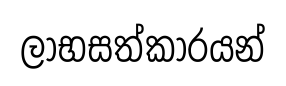
ලාභසත්කාරයන්